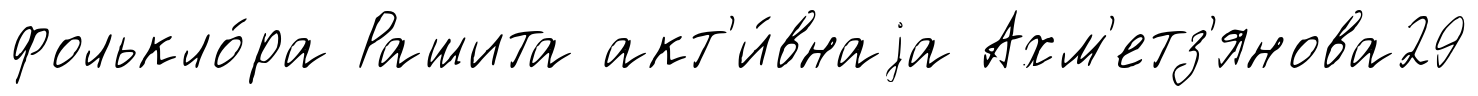
фолькло́ра Рашита акт'и́внаjа Ахм'етз'янова29